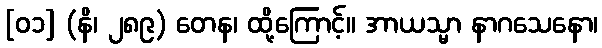
[၀၁] (နိ၊ ၂၈၉) တေန၊ ထို့ကြောင့်။ အာယသ္မာ နာဂသေနော၊